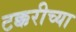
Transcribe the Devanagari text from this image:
टक्करीच्या